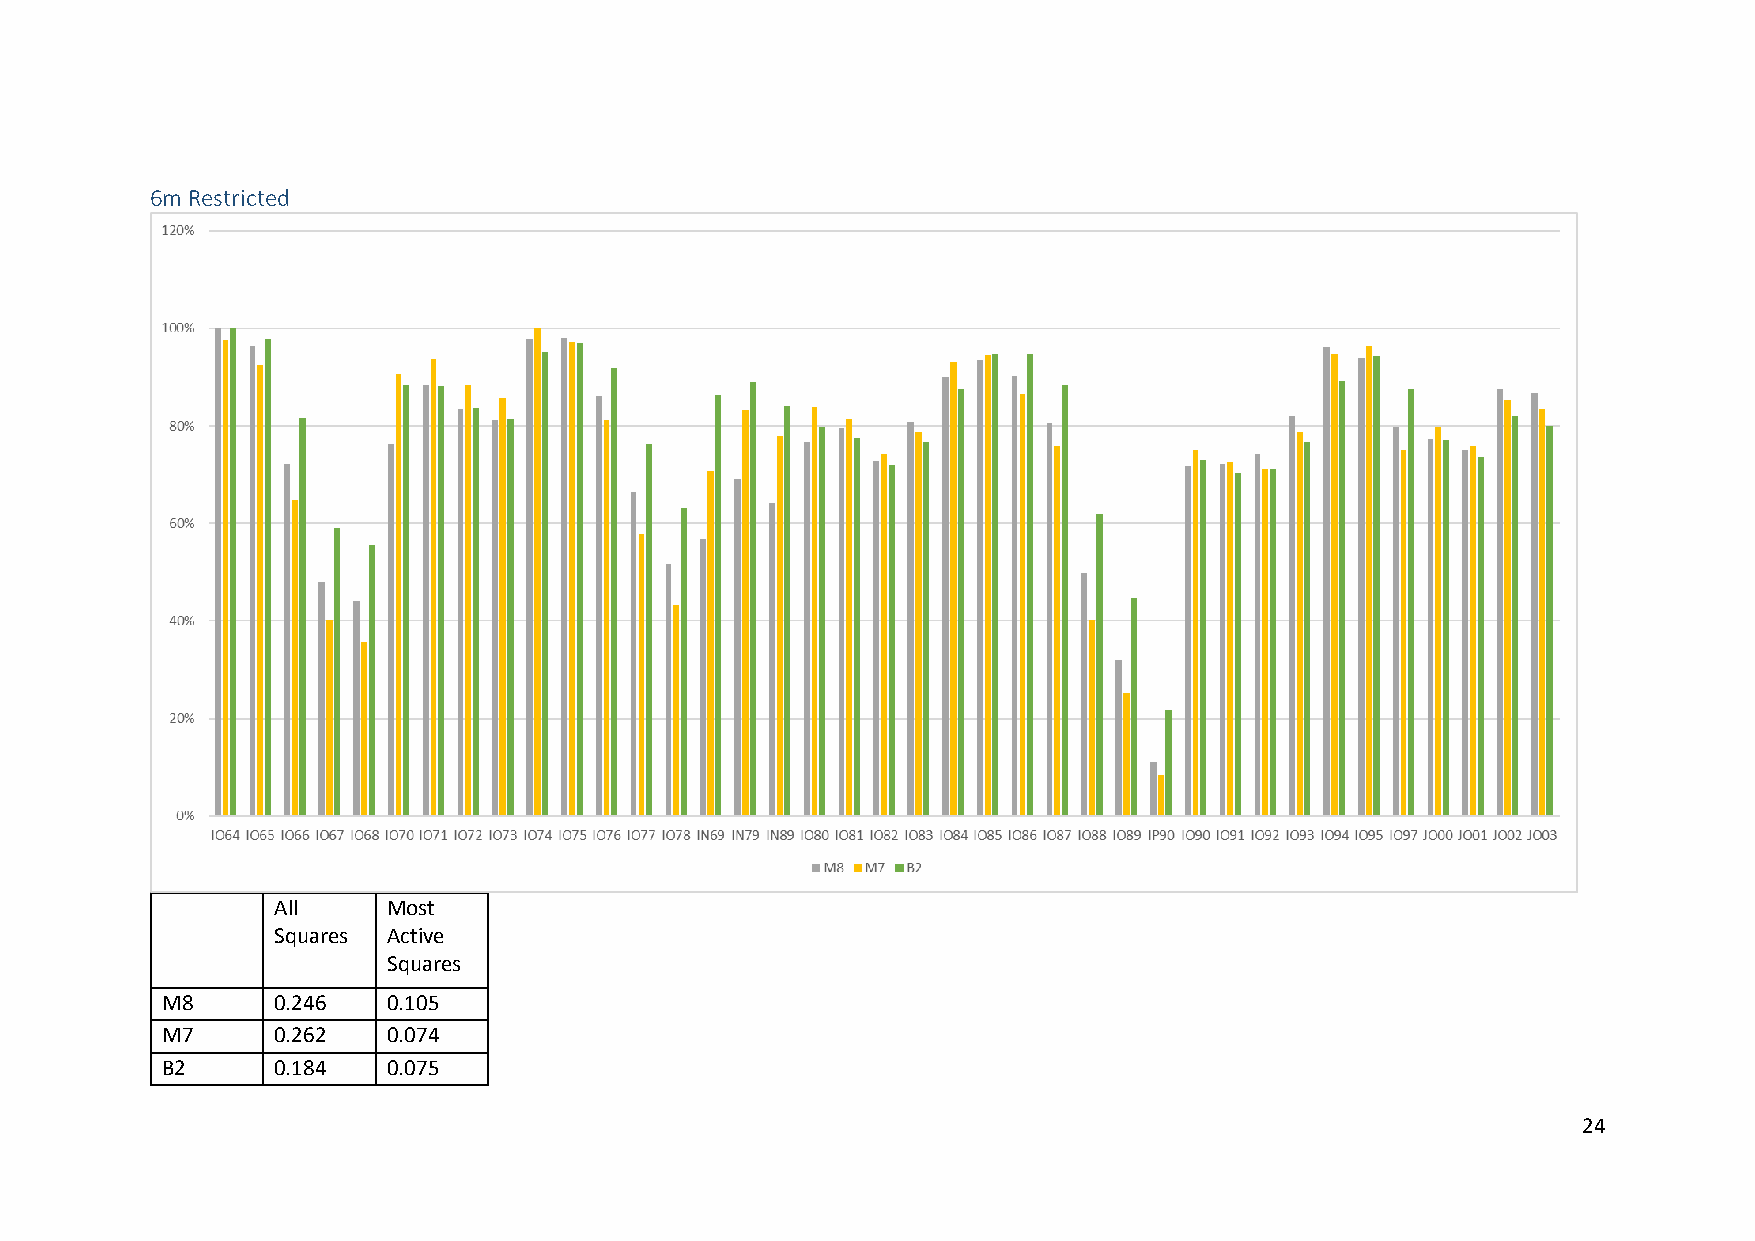
6m Restricted
 All     Most
 Squares Active
 Squares
 M8     0.246   0.105
 M7     0.262   0.074
 B2     0.184   0.075
 24